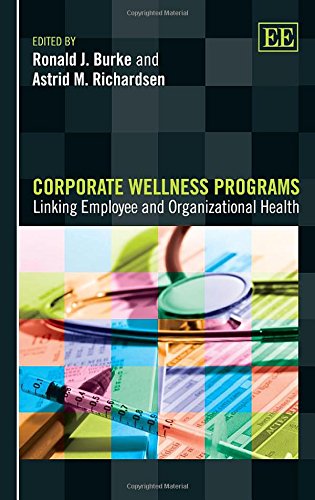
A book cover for Corporate Wellness Programs: Linking Employee and Organizational Health; Ronald J. Burke; Health, Fitness & Dieting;